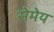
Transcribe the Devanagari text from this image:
सेमेय